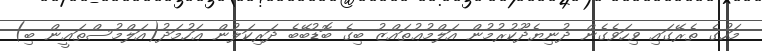
މަހުގެ ތެރޭގައި ވިހަވެގެން ދުނިޔެދޫކުރުމުން އަލްމުޢުތައްޒު ބިގެ ބޮޑުބޭބެ ދަރިކަލުން ޢަހުމަދު(އަލްމުސްތަޢީން ބި)